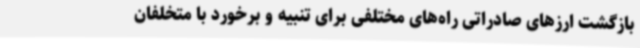
بازگشت ارزهای صادراتی راه‌های مختلفی برای تنبیه و برخورد با متخلفان